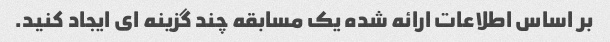
بر اساس اطلاعات ارائه شده یک مسابقه چند گزینه ای ایجاد کنید.